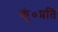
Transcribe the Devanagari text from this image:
कुं०प्रति